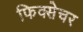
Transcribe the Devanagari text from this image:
फिक्सेचर